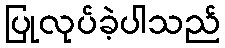
ပြုလုပ်ခဲ့ပါသည်